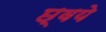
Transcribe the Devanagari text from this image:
छ्वये